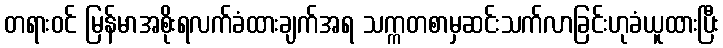
တရားဝင် မြန်မာအစိုးရလက်ခံထားချက်အရ သက္ကတစာမှဆင်းသက်လာခြင်းဟုခံယူထားပြီး